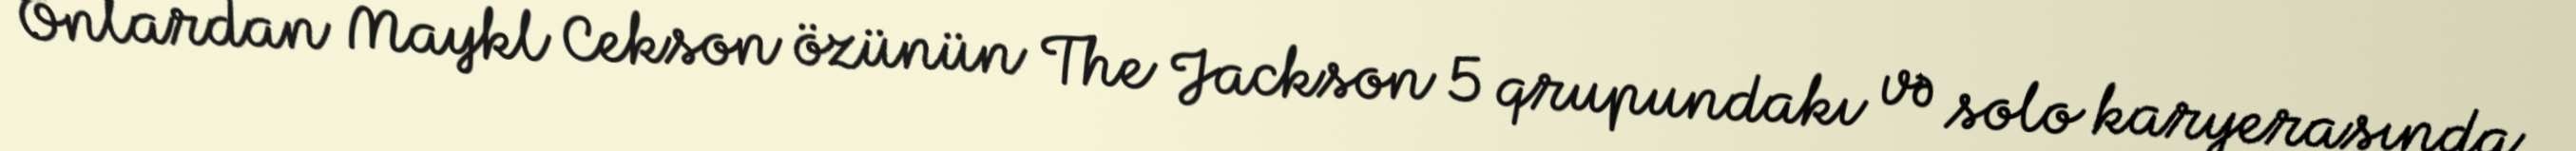
Onlardan Maykl Cekson özünün The Jackson 5 qrupundakı və solo karyerasında